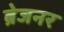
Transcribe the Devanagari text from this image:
ब्रेजनर